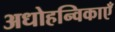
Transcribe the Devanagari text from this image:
अधोहन्विकाएँ